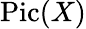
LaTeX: \operatorname{Pic}(X)